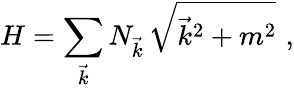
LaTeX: H=\sum_{\vec{k}}N_{\vec{k}}\, \sqrt{\vec{k}^{2}+m^{2}}\, \, ,